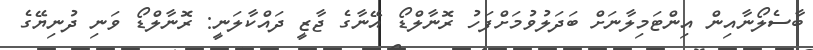
ބާސެލޯނާއިން އިންޓަމިލާނަށް ބަދަލުވުމަށްފަހު ރޮނާލްޑޯ އޭނާގެ ޖާޒީ ދައްކާލަނީ: ރޮނާލްޑޯ ވަނި ދުނިޔޭގެ